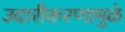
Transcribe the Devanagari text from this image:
उदारीकरणामुळे